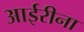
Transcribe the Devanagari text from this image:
आईरीना